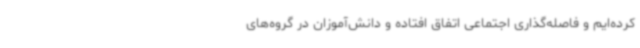
کرده‌ایم و فاصله‌گذاری اجتماعی اتفاق افتاده و دانش‌آموزان در گروه‌های